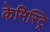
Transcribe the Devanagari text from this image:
केमिस्ट्रि